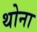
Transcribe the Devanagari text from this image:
थोना